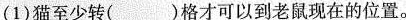
(1)猫至少转()格才可以到老鼠现在的位置。